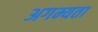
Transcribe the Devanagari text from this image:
अगम्यता